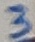
Text: 3